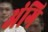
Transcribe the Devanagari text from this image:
अंगि